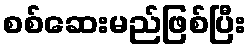
စစ်ဆေးမည်ဖြစ်ပြီး